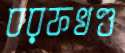
বরফখণ্ড